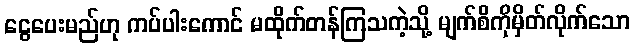
ငွေပေးမည်ဟု ကပ်ပါးကောင် မထိုက်တန်ကြသကဲ့သို့ မျက်စိကိုမှိတ်လိုက်သော